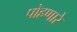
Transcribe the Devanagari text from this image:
पोहणारे